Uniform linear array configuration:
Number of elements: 16
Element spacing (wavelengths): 0.75
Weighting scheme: blackman
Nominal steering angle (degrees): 30
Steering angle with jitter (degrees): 31.254
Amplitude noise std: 0.05
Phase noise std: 0.05

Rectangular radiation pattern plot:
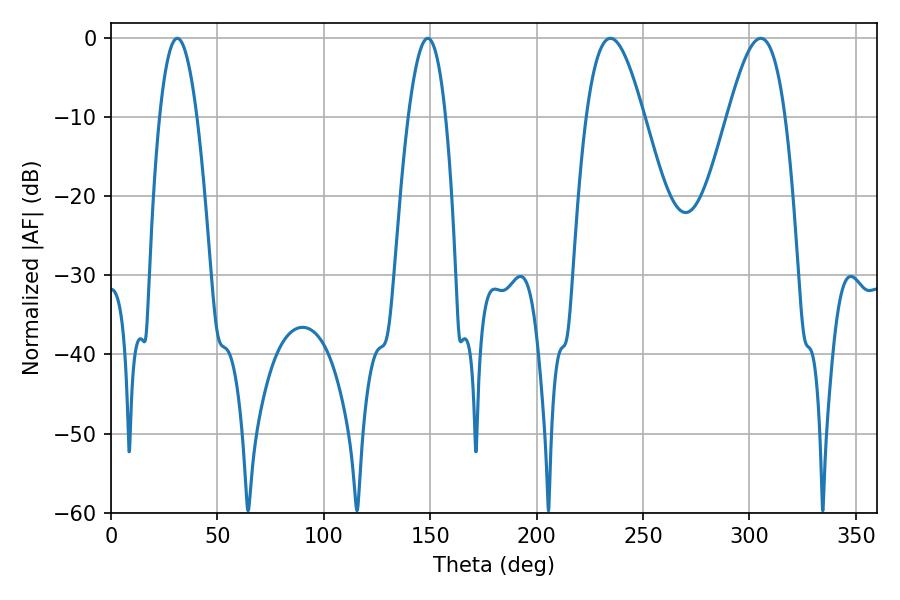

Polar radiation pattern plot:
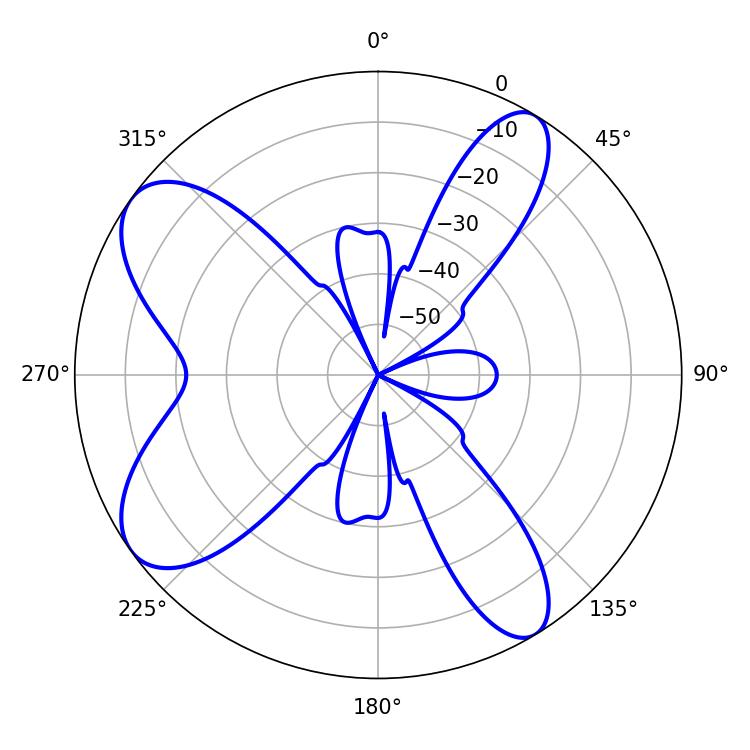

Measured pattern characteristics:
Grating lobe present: TRUE
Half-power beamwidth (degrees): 9.72
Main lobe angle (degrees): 31.14